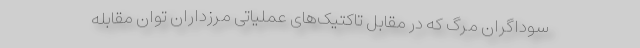
سوداگران مرگ که در مقابل تاکتیک‌های عملیاتی مرزداران توان مقابله